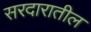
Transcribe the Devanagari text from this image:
सरदारातील